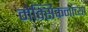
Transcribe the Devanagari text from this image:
मेक्सिकनांच्या